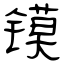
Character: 镆